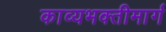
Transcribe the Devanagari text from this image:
काव्यभक्तीमार्ग